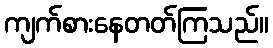
ကျက်စားနေတတ်ကြသည်။